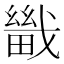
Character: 𤳀